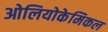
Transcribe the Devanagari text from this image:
ओलियोकेमिकल